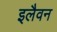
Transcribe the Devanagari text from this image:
इलैवन